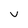
Character: v